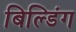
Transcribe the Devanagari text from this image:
बिल्‍डिंग